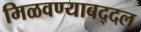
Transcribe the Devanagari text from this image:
मिळवण्याबद्दल